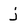
Character: j